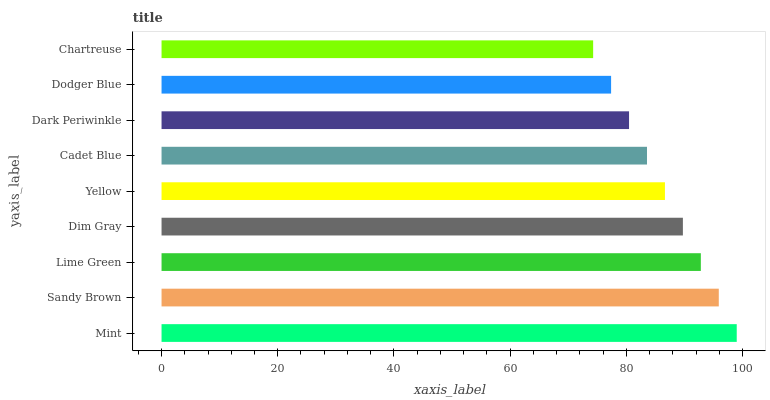
| yaxis_label | bars |
 | --- | --- |
 | Mint | 99 |
 | Sandy Brown | 95.9 |
 | Lime Green | 92.8 |
 | Dim Gray | 89.7 |
 | Yellow | 86.6 |
 | Cadet Blue | 83.6 |
 | Dark Periwinkle | 80.5 |
 | Dodger Blue | 77.4 |
 | Chartreuse | 74.3 |